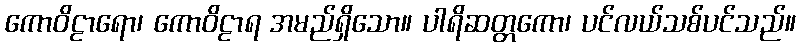
ကောဝိဠာရော၊ ကောဝိဠာရ အမည်ရှိသော။ ပါရိဆတ္တကော၊ ပင်လယ်သစ်ပင်သည်။